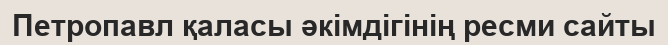
Петропавл қаласы әкімдігінің ресми сайты